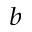
^ b